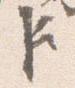
臣